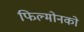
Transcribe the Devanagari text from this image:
फिल्मोनको